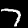
Label: 7